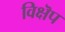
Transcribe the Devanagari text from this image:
विक्षॆप